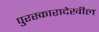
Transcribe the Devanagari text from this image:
पुरस्कारादेखील